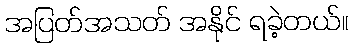
အပြတ်အသတ် အနိုင် ရခဲ့တယ်။